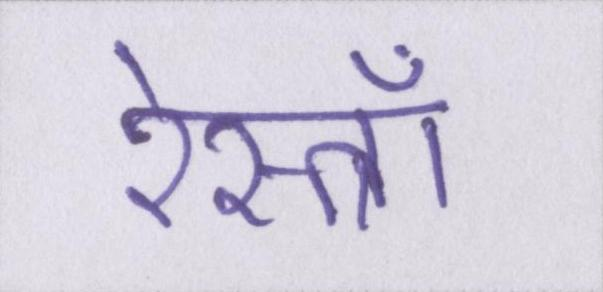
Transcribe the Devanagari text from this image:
रेस्त्राँ